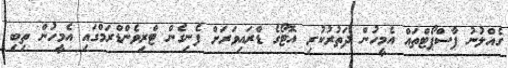
ގެއްލުނު ޕާސްޕޯޓްތައް އެމީހުން ދަތުރުކުރި އޮޓޯގެ ޑްރައިވަރަށް ފެނިގެން ޓްރިވެންޑްރަމްގައި އެމީހުން ތިބި